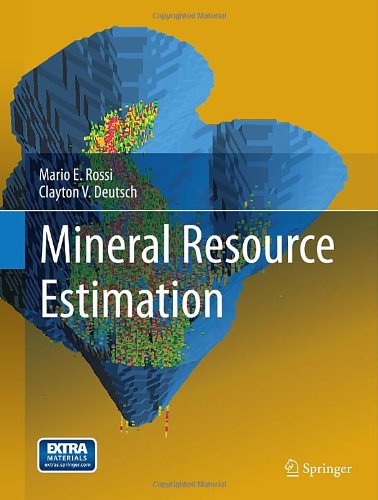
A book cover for Mineral Resource Estimation; Mario E. Rossi; Science & Math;